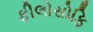
ફીલોસોફિ